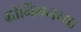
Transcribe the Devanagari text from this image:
ग्रोनिंगनच्या